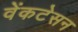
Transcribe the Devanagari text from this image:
वेंकटेसन